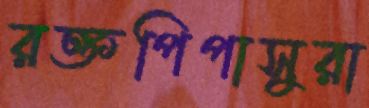
রক্তপিপাসুরা